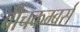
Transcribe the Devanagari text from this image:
बीचकम्बर्स